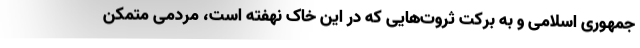
جمهوری اسلامی و به برکت ثروت‌هایی که در این خاک نهفته است، مردمی متمکن